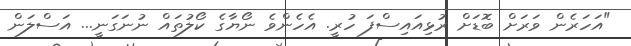
"އަހަރެން ވަރަށް ބޮޑަށް ރުޅިއައިސްފަ ހުރީ. އެހެންވެ ނޯޔާގެ ކޯލުތައް ނުނަގަނީ... އަސްލަން